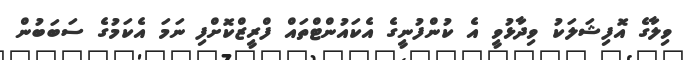
ވިލާގެ އޮފިޝަލަކު ވިދާޅުވީ އެ ކުންފުނީގެ އެކައުންޓްތައް ފްރީޒްކޮށްފި ނަމަ އެކަމުގެ ސަބަބުން